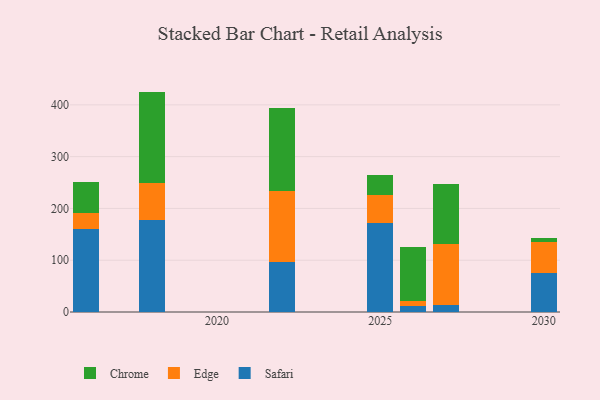
{"axis": {"x": "Year", "y": "Conversion Rate (%)"}, "legend": ["Chrome", "Edge", "Safari"], "data": [{"x": "2025", "y": 171.1, "type": "Safari"}, {"x": "2025", "y": 54.5, "type": "Edge"}, {"x": "2025", "y": 39.1, "type": "Chrome"}, {"x": "2016", "y": 159.6, "type": "Safari"}, {"x": "2016", "y": 32.0, "type": "Edge"}, {"x": "2016", "y": 60.2, "type": "Chrome"}, {"x": "2026", "y": 12.5, "type": "Safari"}, {"x": "2026", "y": 7.8, "type": "Edge"}, {"x": "2026", "y": 105.2, "type": "Chrome"}, {"x": "2018", "y": 176.8, "type": "Safari"}, {"x": "2018", "y": 72.2, "type": "Edge"}, {"x": "2018", "y": 176.6, "type": "Chrome"}, {"x": "2027", "y": 13.7, "type": "Safari"}, {"x": "2027", "y": 118.2, "type": "Edge"}, {"x": "2027", "y": 114.4, "type": "Chrome"}, {"x": "2030", "y": 75.8, "type": "Safari"}, {"x": "2030", "y": 58.7, "type": "Edge"}, {"x": "2030", "y": 7.6, "type": "Chrome"}, {"x": "2022", "y": 96.5, "type": "Safari"}, {"x": "2022", "y": 137.6, "type": "Edge"}, {"x": "2022", "y": 159.8, "type": "Chrome"}]}